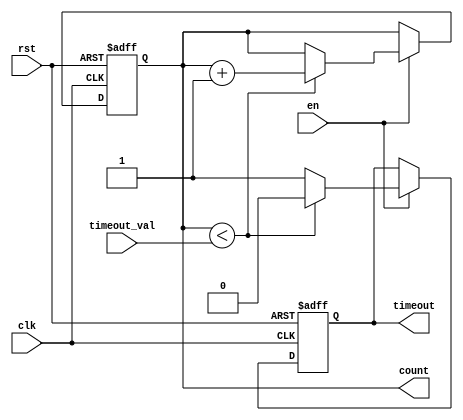
module timeout_counter (
    input wire clk,                // Clock signal
    input wire rst,                // Asynchronous reset signal
    input wire en,                 // Enable signal
    input wire [15:0] timeout_val, // Configurable time-out value
    output reg timeout,            // Time-out signal
    output reg [15:0] count        // Current counter value
);

// Counter register to hold the current count value
always @(posedge clk or posedge rst) begin
    if (rst) begin
        count <= 16'b0;           // Reset counter to zero
        timeout <= 1'b0;          // Deassert time-out signal
    end else if (en) begin
        if (count < timeout_val) begin
            count <= count + 1;   // Increment counter
            timeout <= 1'b0;       // Keep time-out signal deasserted
        end else begin
            timeout <= 1'b1;       // Assert time-out signal when limit is reached
        end
    end
end

endmodule